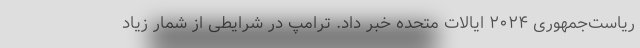
ریاست‌جمهوری ۲۰۲۴ ایالات متحده خبر داد. ترامپ در شرایطی از شمار زیاد